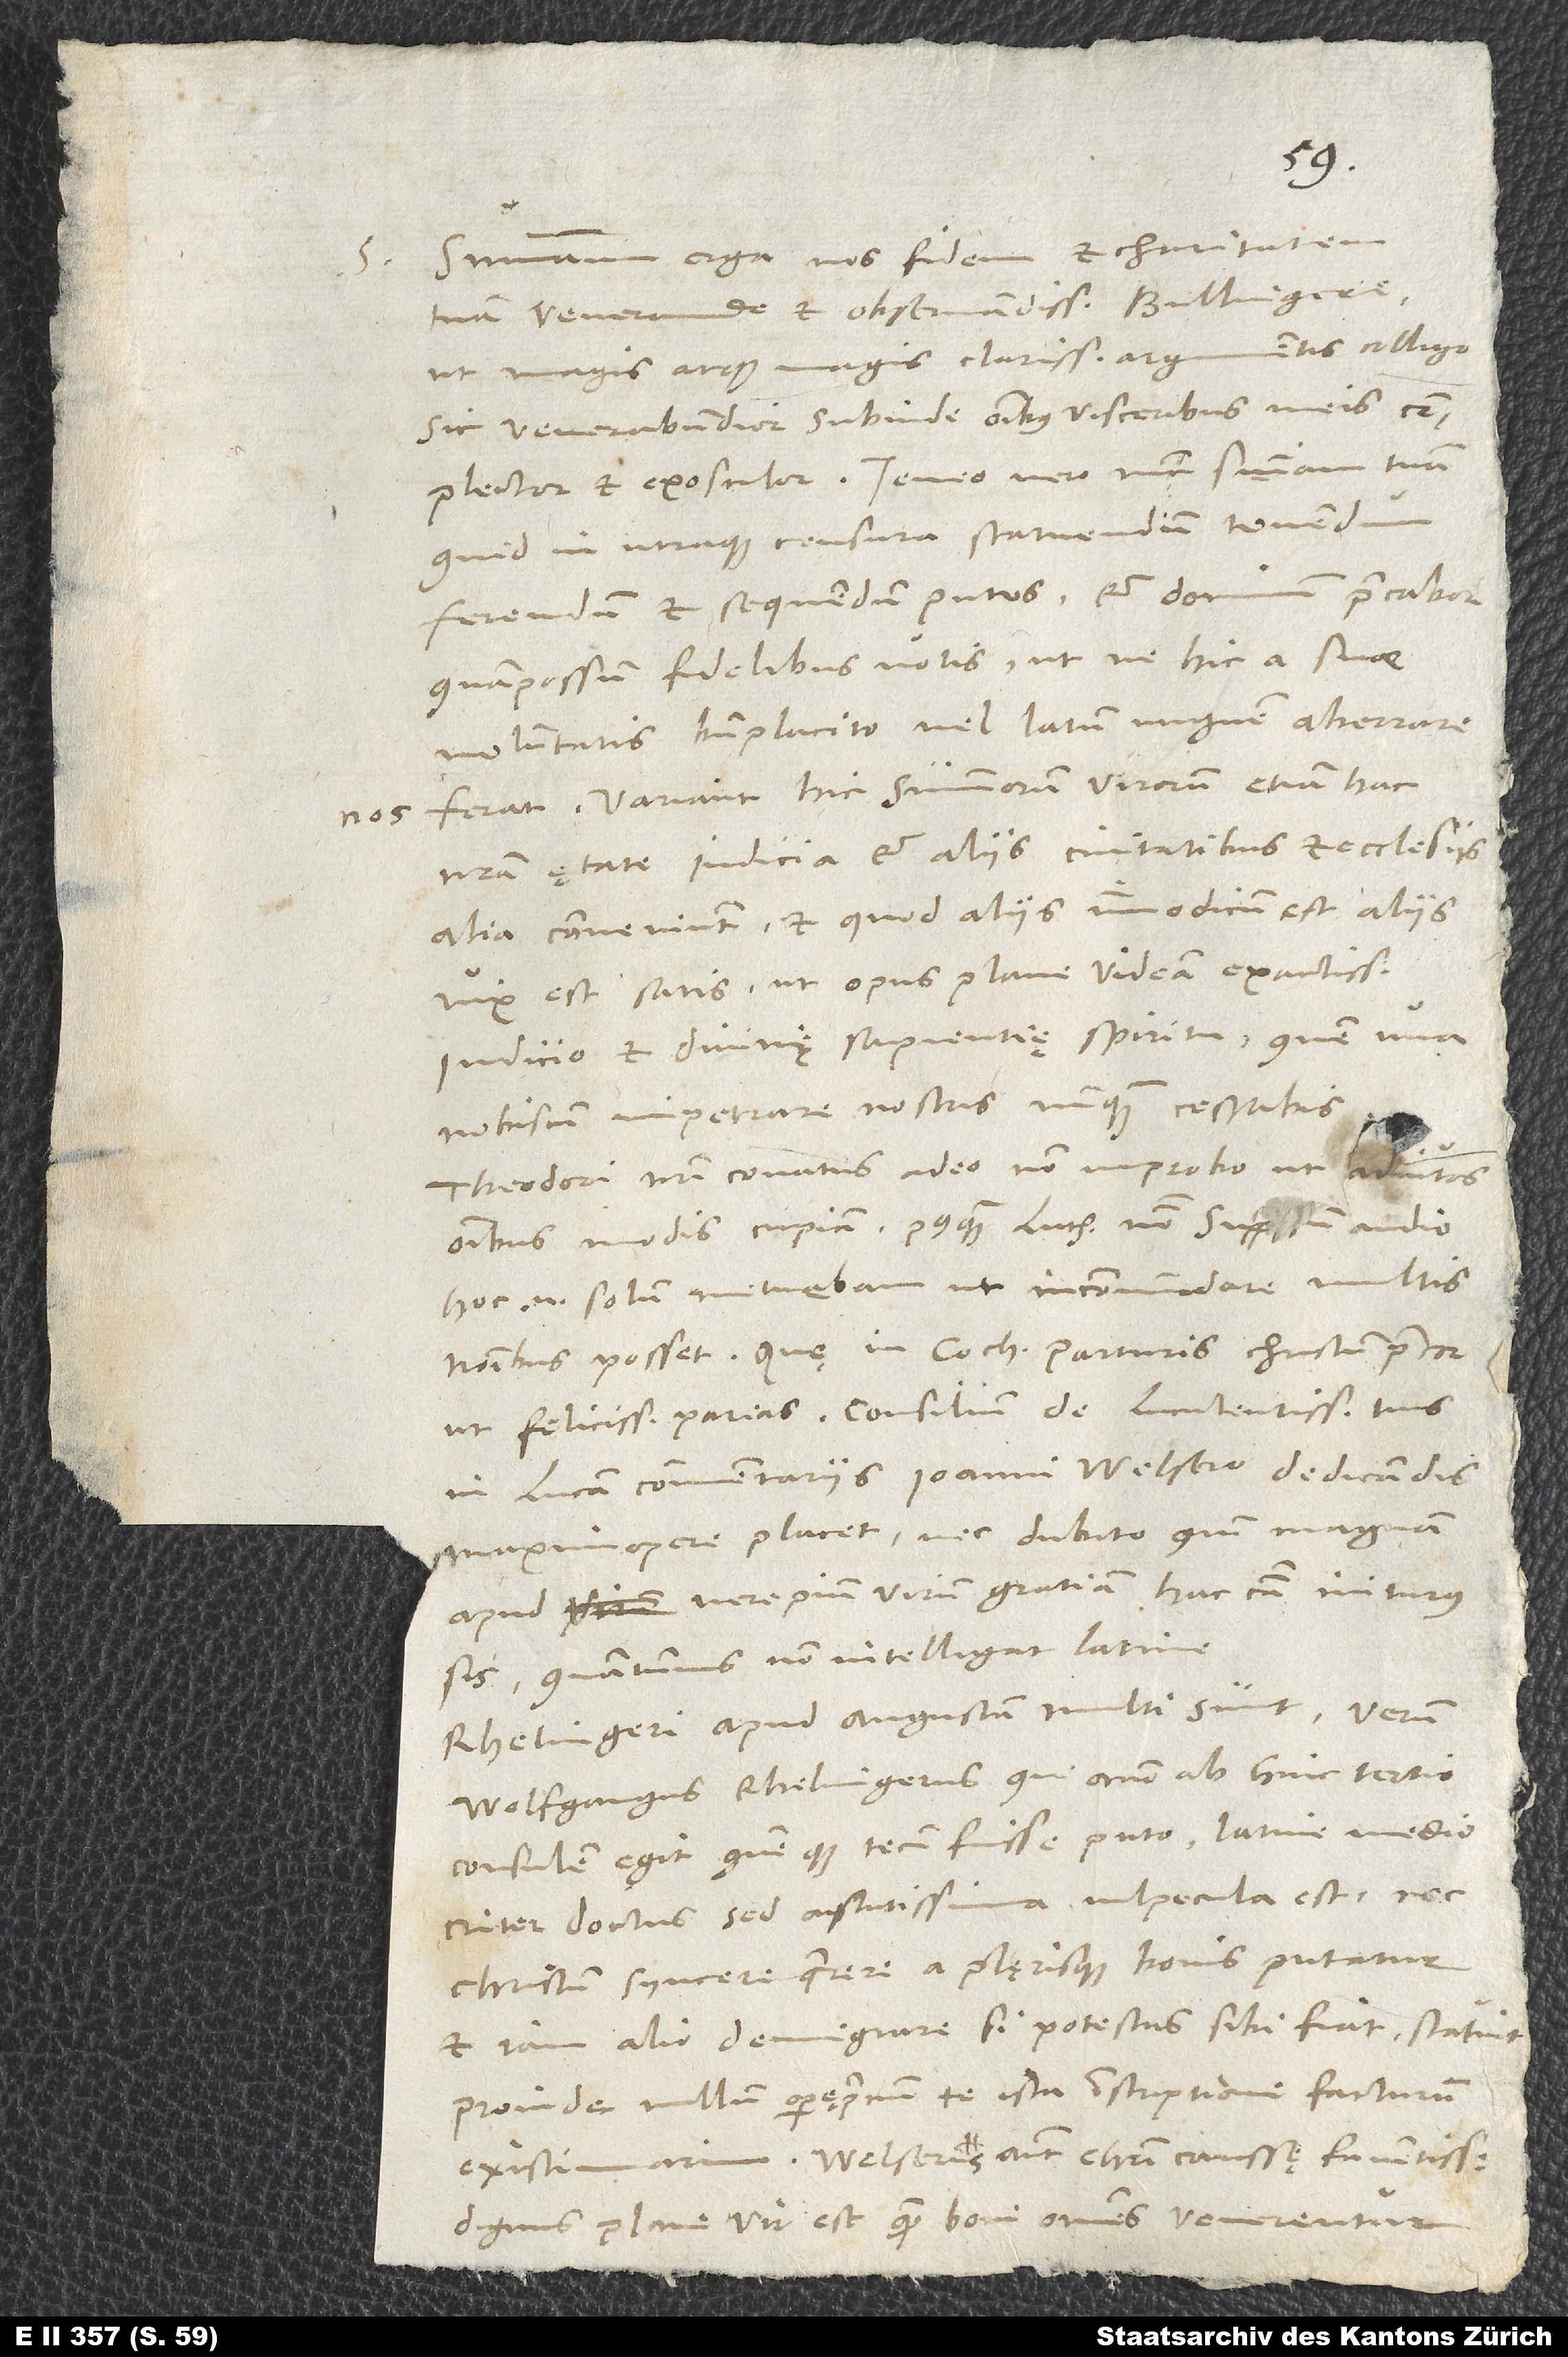
nos

S. Summam erga nos fidem et charitatem
tuam, venerande et observandissime Bullingere,
ut magis atque magis clarissimis argumentis colligo,
sic venerabundior subinde omnibus visceribus meis complector
quid in utraque censura statuendum, tenendum,
ferendum et sequendum putes, et dominum precabor,
quam possum, fidelibus votis, ut ne hic a suae
voluntatis beneplacito vel latum unguem aberrare
ferat. Variant hic summorum virorum etiam hac
nostra ętate iudicia, et aliis civitatibus et ecclesiis
alia conveniunt, et quod aliis immodicum est, aliis
vix est satis, ut opus plane videam exactissimo
iudicio et divinę sapientię spiritu, quem una
nobiscum impetrare nostris nunquam cessabis.
Theodori nostri conatus adeo non improbo, ut adiutos
omnibus modis cupiam, postquam Lutheri nomen suppressum audio;
hoc enim solum metuebam, ut incommodare multis
nominibus posset. Quę in Cochlaeum parturis, Christum precor,
in Lucam commentariis Ioanni Welsero dedicandis
maximopere placet, nec dubito, quin magnam
apud vere pium virum gratiam hac causa initurus
quantumvis non intelligat Latine.
Rhelingeri apud Augustam multi sunt, verum
Wolfgangus Rhelingerus, qui anno ab hinc tertio
consulem egit quemque tecum fuisse puto, Latine mediocriter
doctus, sed astutissima vulpecula est nec
Christum syncere quaerere a plęrisque bonis putatur
et iam alio demigrare, si potestas sibi fiat, statuit.
Proinde nullum operęprecium te ista inscriptione facturum
existimarim. Welserus autem, Christi caussę faventissimus,
dignus plane vir est, quem boni omnes venerentur.